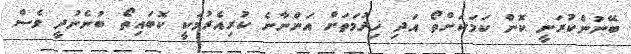
ބޭނުންކުރަނީ ކޮން ކަމަކަށްތޯ އަދި ޚިދުމަތަށް އަންނާނެ ކުރިއެރުމަކީ ކޮބައިތޯ ބުނެނުދީ ވެސް